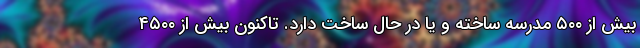
بیش از ۵۰۰ مدرسه ساخته و یا در حال ساخت دارد. تاکنون بیش از ۴۵۰۰